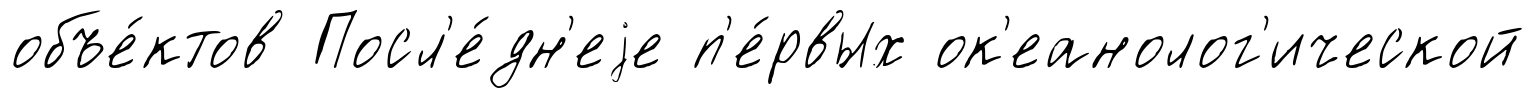
объе́ктов Посл'е́дн'еjе п'е́рвых ок'еанолог'ической